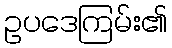
ဥပဒေကြမ်း၏